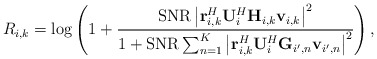
\begin{align*}R_{i,k}=\mathrm{log}\left(1+\frac{\mathrm{SNR}\left|\mathbf{r}_{i,k}^{H}\mathbf{U}_{i}^{H}\mathbf{H}_{i,k}\mathbf{v}_{i,k}\right|^{2}}{1+\mathrm{SNR}\sum_{n=1}^{K}\left|\mathbf{r}_{i,k}^{H}\mathbf{U}_{i}^{H}\mathbf{G}_{i',n}\mathbf{v}_{i',n}\right|^{2}}\right),\end{align*}